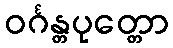
ဝင်္ဂန္တပုတ္တော